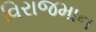
વિરાજમાન